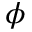
\phi